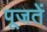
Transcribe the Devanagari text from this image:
पूजतें